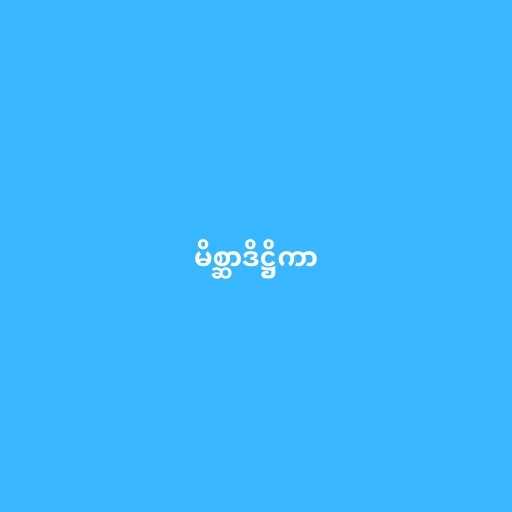
မိစ္ဆာဒိဋ္ဌိကာ